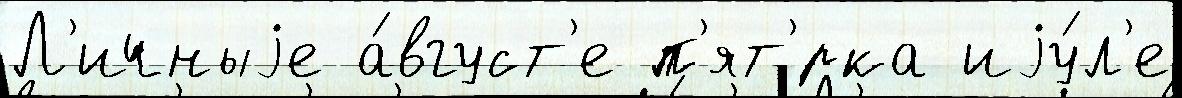
Л'ичныjе а́вгуст'е п'ят'́рка иjу́л'е